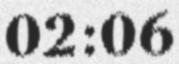
02:06